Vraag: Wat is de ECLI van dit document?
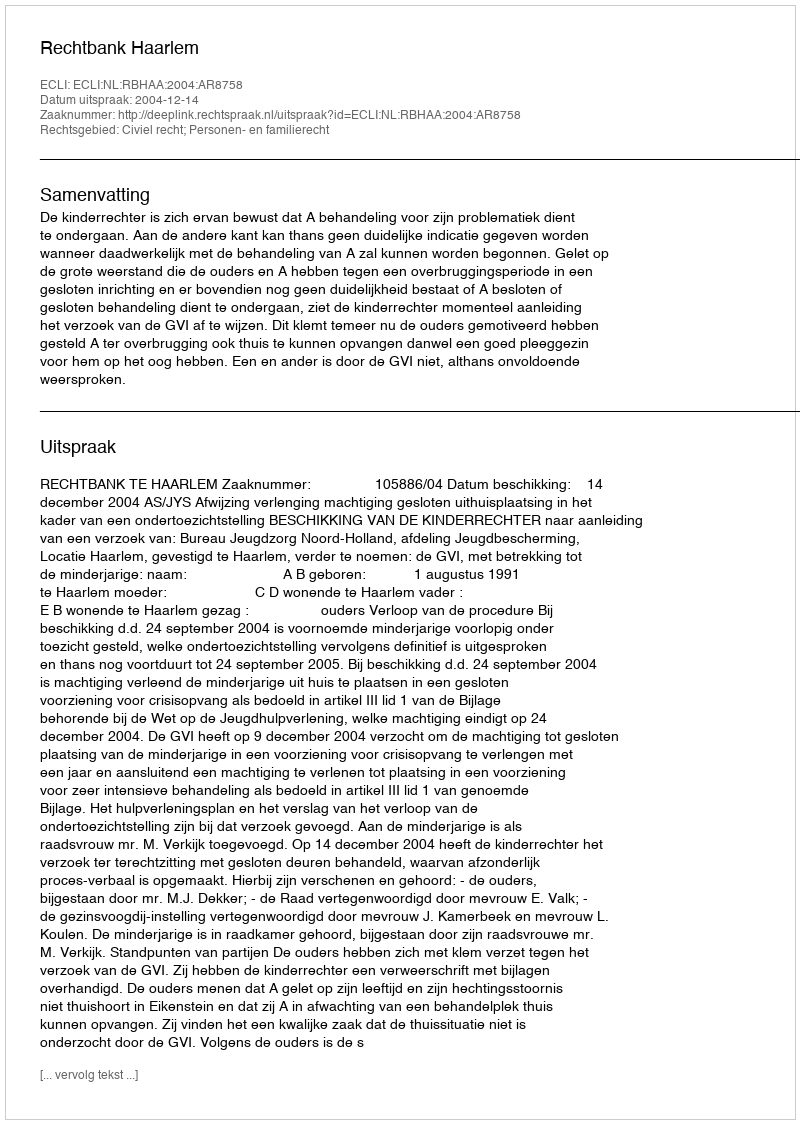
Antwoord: ECLI:NL:RBHAA:2004:AR8758